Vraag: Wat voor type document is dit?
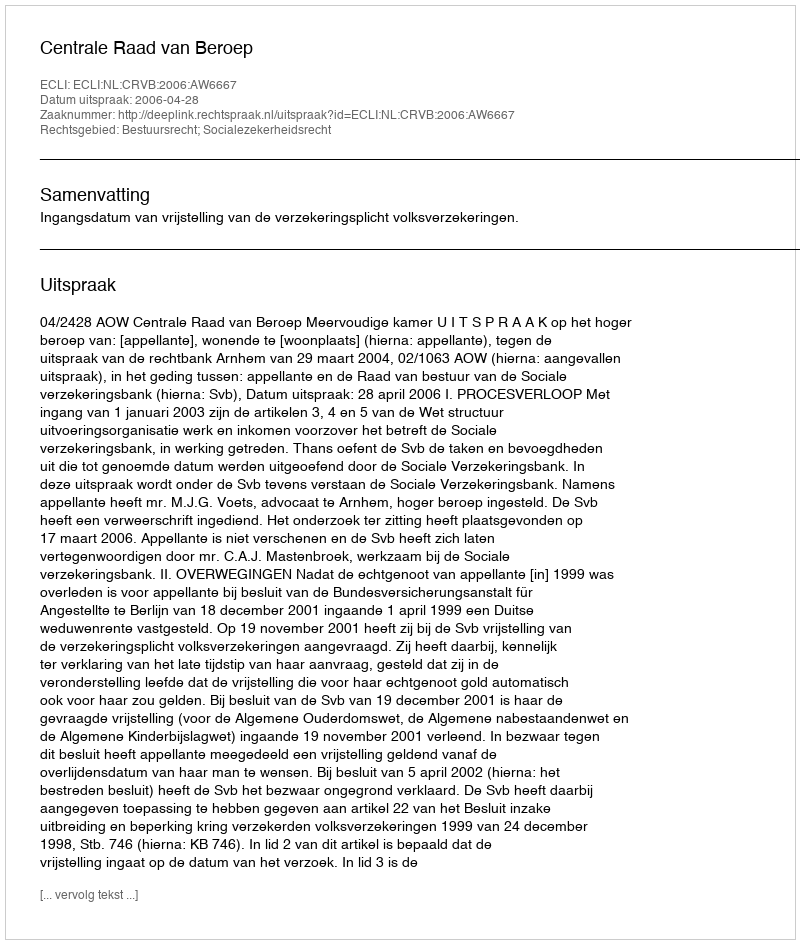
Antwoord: Uitspraak